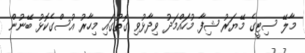
މާލޭ ސިޓީގެ މޭޔަރު ޝިފާ މުހައްމަދު ވިދާޅުވި ގޮތުގައި މިހާރު އުސްގެކޮޅު ބޭނުން